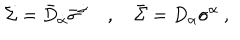
\Sigma = \bar { D } _ { \dot { \alpha } } \bar { \sigma } ^ { \dot { \alpha } } ~ , ~ \bar { \Sigma } = D _ { \alpha } \sigma ^ { \alpha } \ ,